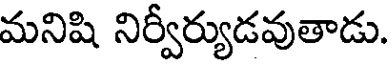
మనిషి నిర్వీర్యుడవుతాడు.